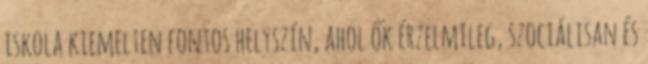
iskola kiemelten fontos helyszín, ahol ők érzelmileg, szociálisan és